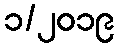
၁/၂၀၁၉